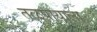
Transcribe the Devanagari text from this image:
तळपायाला